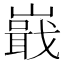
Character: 嶯